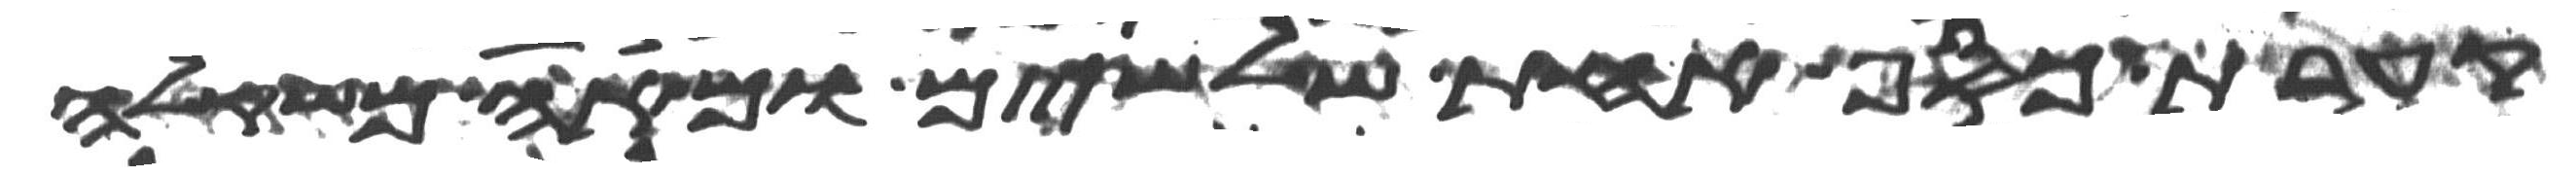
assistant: קערת כסף אחת שלשים ומאה משקלה